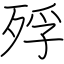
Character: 殍